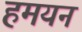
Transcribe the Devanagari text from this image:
हमयन